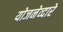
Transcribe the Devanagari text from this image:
योजनेव्दारे